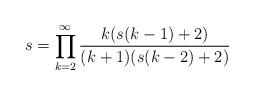
LaTeX: \begin{align*}s=\prod_{k=2}^{\infty}{\frac{k(s(k-1)+2)}{(k+1)(s(k-2)+2)}} \end{align*}